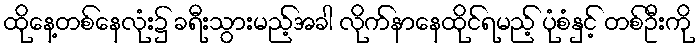
ထိုနေ့တစ်နေလုံး၌ ခရီးသွားမည့်အခါ လိုက်နာနေထိုင်ရမည့် ပုံစံနှင့် တစ်ဦးကို